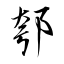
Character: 郀